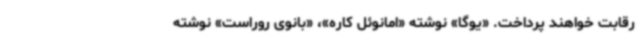
رقابت خواهند پرداخت. «یوگا» نوشته «امانوئل کاره»، «بانوی روراست» نوشته